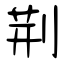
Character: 荆